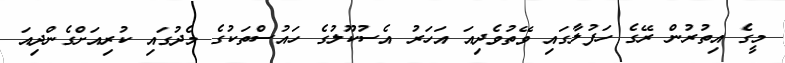
މީގެ އިތުރުން ރޭގެ ހަފުލާގައި ވޭތުވެދިއަ އަހަރު އެސުކޫލުގެ ހައުސްތަކުގެ މެދުގައި ކުރިއަށްގެންދިއަ